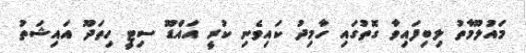
މައުލޫމާތު ލިބިފައިވާ ގޮތުގައި ހާމިދު ކައިވެނި ކުރީ އައްޑޫ ސިޓީ ހިތަދޫ އައިޝަތު